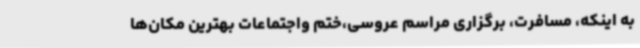
به اینکه، مسافرت، برگزاری مراسم عروسی،ختم واجتماعات بهترین مکان‌ها